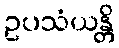
ဥပသံယန္တိ